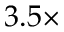
3 . 5 \times